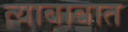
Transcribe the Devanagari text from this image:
त्याबाबात